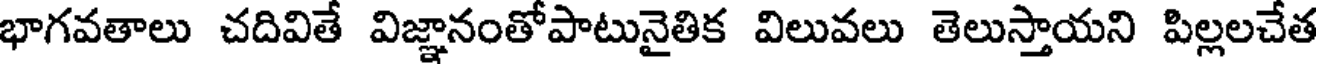
భాగవతాలు చదివితే విజ్ఞానంతోపాటునైతిక విలువలు తెలుస్తాయని పిల్లలచేత